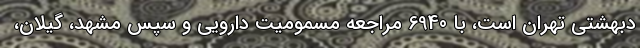
دبهشتی تهران است، با 6940 مراجعه مسمومیت دارویی و سپس مشهد، گیلان،